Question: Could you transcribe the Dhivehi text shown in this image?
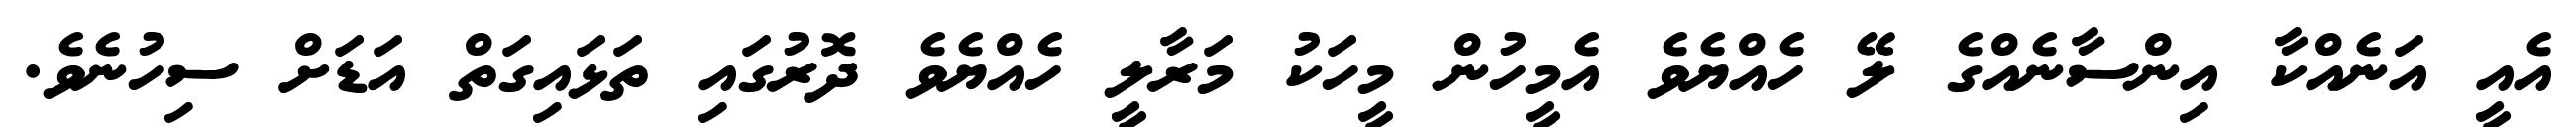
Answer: އެއީ އަނެއްކާ އިންސާނެއްގެ ލޭ ހެއްޔެވެ އެމީހުން މީހަކު މަރާލީ ހެއްޔެވެ ދޮރުގައި ތަޅައިގަތް އަޑަށް ސިހުނެވެ.